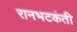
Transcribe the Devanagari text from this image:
रानभटकंती